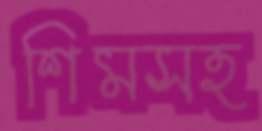
শিমসহ